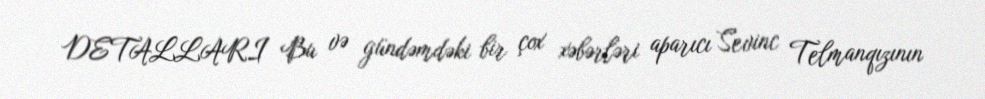
DETALLARI Bu və gündəmdəki bir çox xəbərləri aparıcı Sevinc Telmanqızının